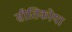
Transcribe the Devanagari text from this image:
सीतिकोया